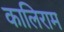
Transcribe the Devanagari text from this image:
कालिराम